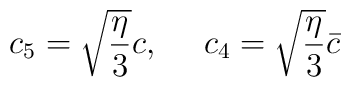
c_5 = \sqrt{ \frac{ \eta}{3} } c , \ \ \ \  c_4 = \sqrt{ \frac{ \eta}{3}}\bar{c}